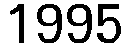
1995